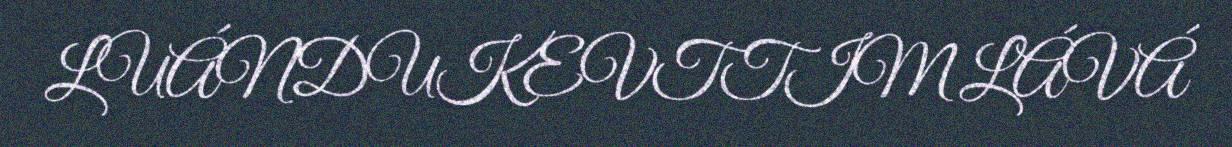
LUÁNDUKEVTTIM LÁVÁ